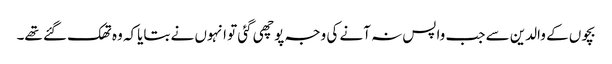
بچوں کے والدین سے جب واپس نہ آنے کی وجہ پوچھی گئی تو انہوں نے بتایاکہ وہ تھک گئے تھے۔